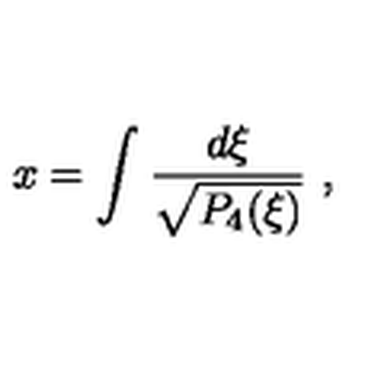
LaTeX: x = \int { \frac { d \xi } { \sqrt { P _ { 4 } ( \xi ) } } } \ ,